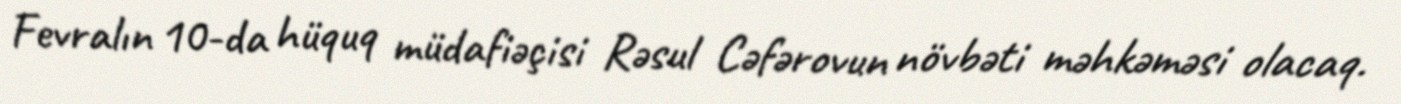
Fevralın 10-da hüquq müdafiəçisi Rəsul Cəfərovun növbəti məhkəməsi olacaq.